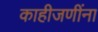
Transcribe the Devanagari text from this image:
काहीजणींना